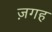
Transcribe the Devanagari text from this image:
ज़गह